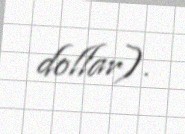
dollar).